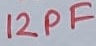
Text: 12PF